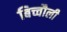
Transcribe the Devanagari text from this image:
बिच्चौली